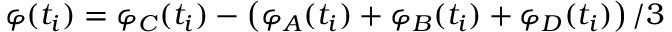
\varphi ( t _ { i } ) = \varphi _ { C } ( t _ { i } ) - \left( \varphi _ { A } ( t _ { i } ) + \varphi _ { B } ( t _ { i } ) + \varphi _ { D } ( t _ { i } ) \right) / 3